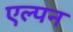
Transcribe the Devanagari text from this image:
एल्पन